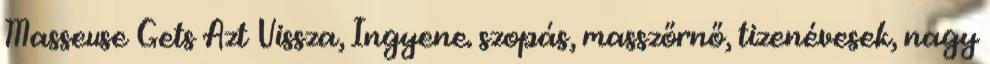
Masseuse Gets Azt Vissza, Ingyene. szopás, masszőrnő, tizenévesek, nagy